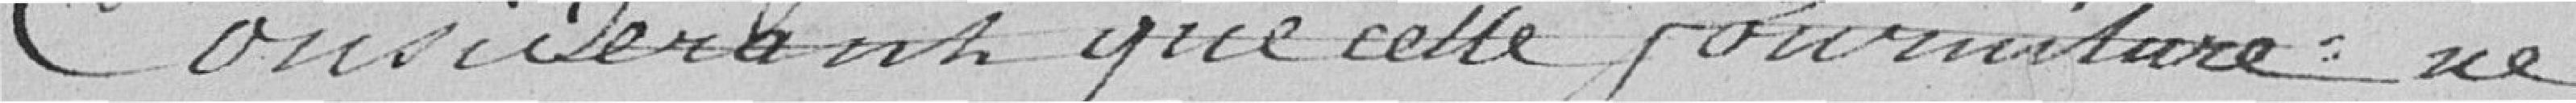
Considérant que cette fourniture ne